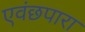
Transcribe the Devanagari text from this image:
एवंछपारा